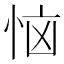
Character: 恼